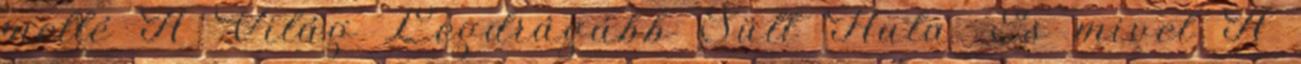
mellé A Világ Legdrágább Sült Hala. És mivel A